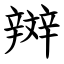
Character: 辬